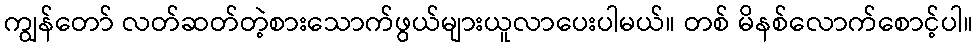
ကျွန်တော် လတ်ဆတ်တဲ့စားသောက်ဖွယ်များယူလာပေးပါမယ်။ တစ် မိနစ်လောက်စောင့်ပါ။